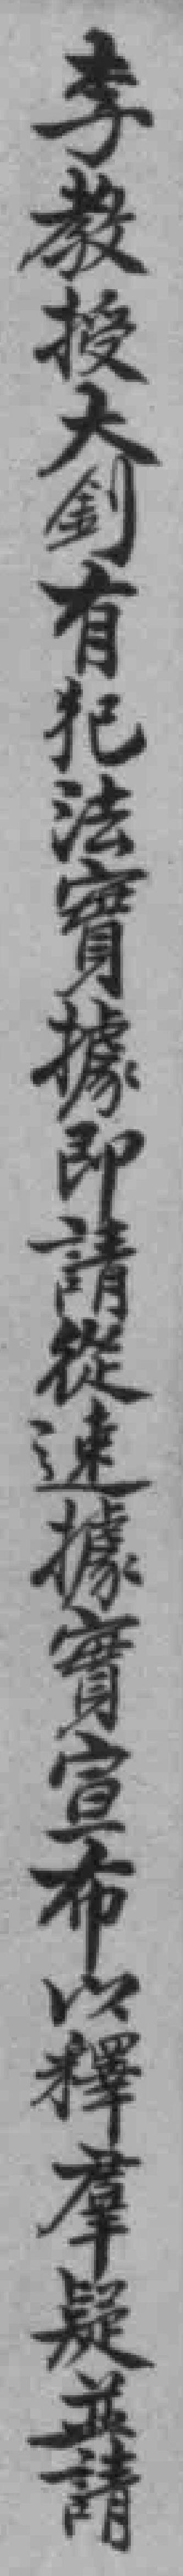
李教授大釗有犯法寶據即請從速據實宣布以釋羣疑並請